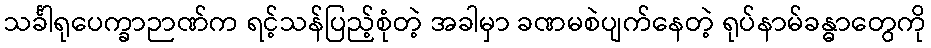
သင်္ခါရုပေက္ခာဉာဏ်က ရင့်သန်ပြည့်စုံတဲ့ အခါမှာ ခဏမစဲပျက်နေတဲ့ ရုပ်နာမ်ခန္ဓာတွေကို